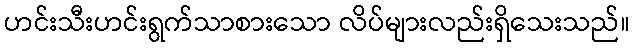
ဟင်းသီးဟင်းရွက်သာစားသော လိပ်များလည်းရှိသေးသည်။